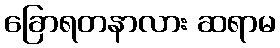
ခြောရတနာလား ဆရာမ